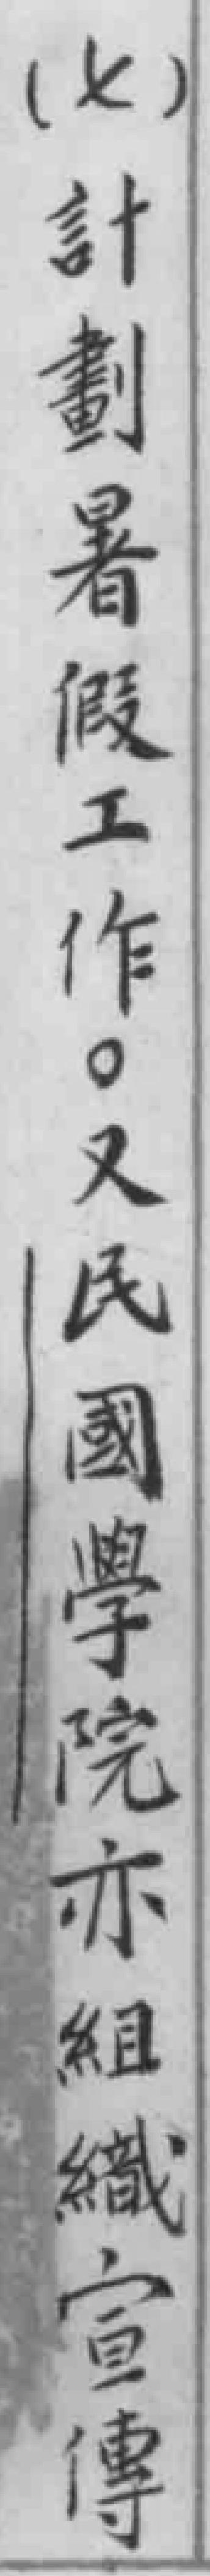
（七）計劃暑假工作。又民國學院亦組織宣傳